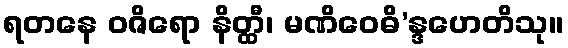
ရတနေ ဝဇိရော နိတ္ထီ၊ မဏိဝေဓိ’န္ဒဟေတိသု။